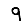
Digit: 9